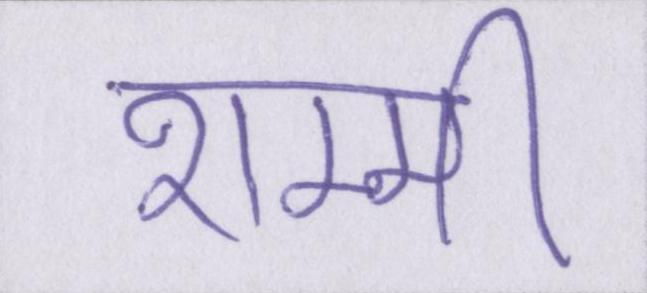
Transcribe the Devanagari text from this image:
शम्मी